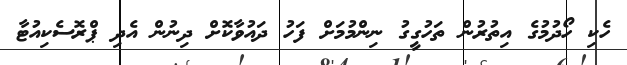
ހެކި ހޯދުމުގެ އިތުރުން ތަހުގީގު ނިންމުމަށް ފަހު ދައުވާކޮށް ދިނުން އެދި ޕްރޮސެކިއުޓާ